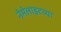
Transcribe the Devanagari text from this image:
नेमेलाइटच्या